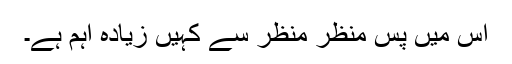
اس میں پس منظر منظر سے کہیں زیادہ اہم ہے۔